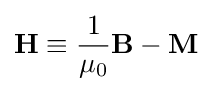
\mathbf {H} \equiv {\frac {1}{\mu _{0}}}\mathbf {B} -\mathbf {M}